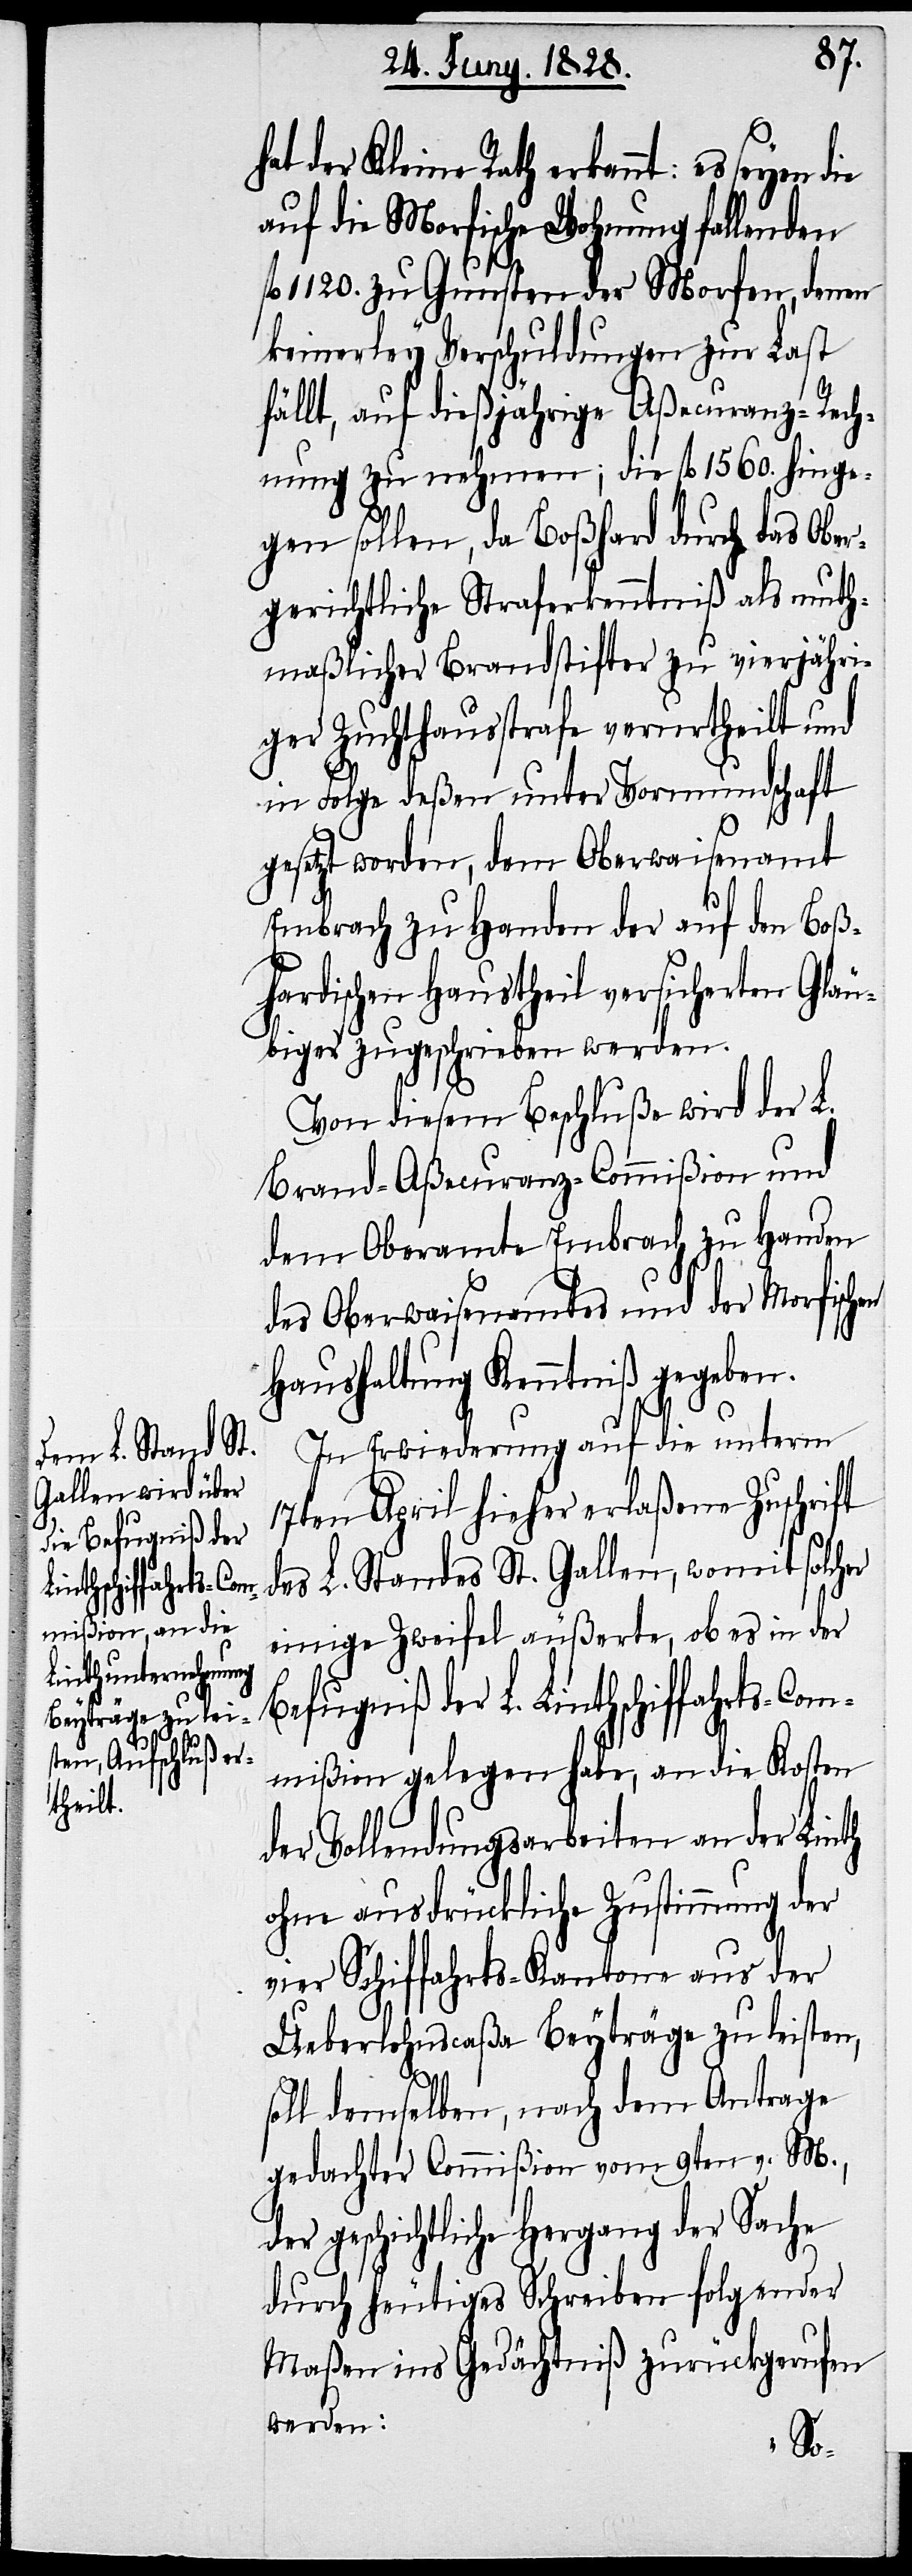
chiffahrts-Co¬

der Kleine Rath erkannt: es seyen
auf die Morfische Wohnung fallenden
fl. 1120. zu Gunsten der Morfen, denen
keinerley Verschuldungen zur Last
fällt, auf dießjährige Aßecuranz-Rech¬
nung zu nehmen; die fl. 1560. hinge¬
gen sollen, da Boßhard durch das Ober¬
gerichtliche Straferkenntniß als muth¬
maßlicher Brandstifter zu vierjähri¬
ger Zuchthausstrafe verurtheilt und
in Folge deßen unter Vormundschaft
gesetzt worden, dem Oberwaisenamt
Embrach zu Handen der auf den Boß¬
hardischen Haustheil versicherten Gläu¬
biger zugeschrieben werden.
Von diesem Beschluße wird der L.
Brand-Aßecuranz-Commißion und
dem Oberamte Embrach zu Handen
des Oberwaisenamtes und der Morfischen
Haushaltung Kenntniß gegeben.
In Erwiederung auf die unterm
17ten April hieher erlaßene Zuschrift
des L. Standes St. Gallen, womit solcher
einige Zweifel äußerte, ob es in der
Befugniß der L. Linths¬
mmißion gelegen habe, an die Kosten
der Vollendungsarbeiten an der Linth
ohne ausdrückliche Zustimmung der
vier Schiffahrts-Kantone aus der
Ueberlohnscaßa Beyträge zu leisten,
soll demselben, nach dem Antrage
gedachter Commißion vom 9ten v. M.,
geschichtliche Hergang der Sache
durch heutiges Schreiben folgender
Maßen ins Gedächtniß zurückgerufen
werden: